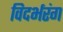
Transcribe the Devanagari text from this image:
विदर्भरंग